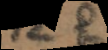
d e